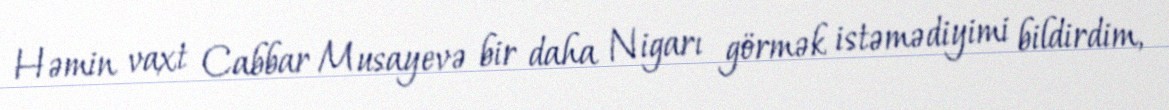
Həmin vaxt Cabbar Musayevə bir daha Nigarı görmək istəmədiyimi bildirdim,